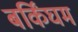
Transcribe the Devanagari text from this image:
बर्किंघम